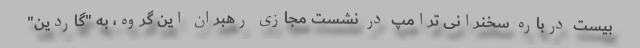
بیست درباره سخنرانی ترامپ در نشست مجازی رهبران این گروه، به "گاردین"